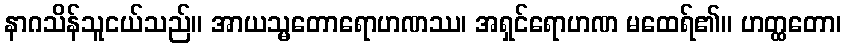
နာဂသိန်သူငယ်သည်။ အာယသ္မတောရောဟဏဿ၊ အရှင်ရောဟဏ မထေရ်၏။ ဟတ္ထတော၊